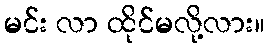
မင်း လာ ထိုင်မလို့လား။